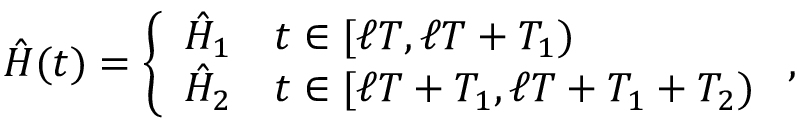
\hat { H } ( t ) = \left\{ \begin{array} { l l } { \hat { H } _ { 1 } } & { t \in [ \ell T , \ell T + T _ { 1 } ) } \\ { \hat { H } _ { 2 } } & { t \in [ \ell T + T _ { 1 } , \ell T + T _ { 1 } + T _ { 2 } ) } \end{array} \right. ,